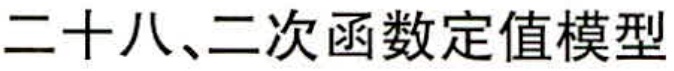
二十八、二次函数定值模型